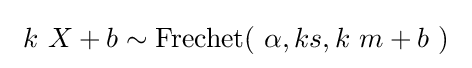
\ k\ X+b\sim {\textrm {Frechet}}(\ \alpha ,ks,k\ m+b\ )\